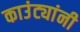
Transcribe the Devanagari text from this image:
काउंट्यांनी